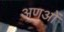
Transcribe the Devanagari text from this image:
अणओं